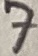
Text: 7